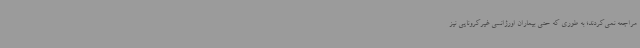
مراجعه نمی‌کردند؛ به ‌طوری‌ که حتی بیماران اورژانسی غیرکرونایی نیز